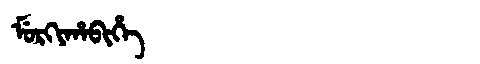
Manchu: ᠮᡠᡵᡴᡳᡥᠠᠪᡳᡥᡝ
Romanization: MURKIHABIHE